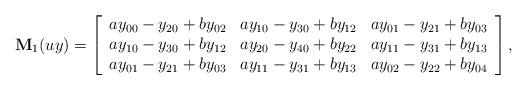
LaTeX: \begin{align*}{\bf M}_1(uy) = \left[\begin{array}{cccccc}ay_{00}-y_{20}+by_{02} & ay_{10}-y_{30}+by_{12} & ay_{01}-y_{21}+by_{03} \\ay_{10}-y_{30}+by_{12} & ay_{20}-y_{40}+by_{22} & ay_{11}-y_{31}+by_{13} \\ay_{01}-y_{21}+by_{03} & ay_{11}-y_{31}+by_{13} & ay_{02}-y_{22}+by_{04}\end{array} \right],\end{align*}